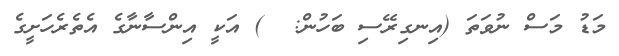
މަޑު މަސް ނުވަތަ (އިނގިރޭސި ބަހުން:  ) އަކީ އިންސާނާގެ އެތެރެހަށީގެ